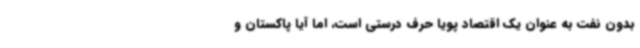
بدون نفت به عنوان یک اقتصاد پویا حرف درستی است، اما آیا پاکستان و